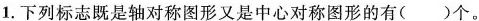
1.下列标志既是轴对称图形又是中心对称图形的有()个。